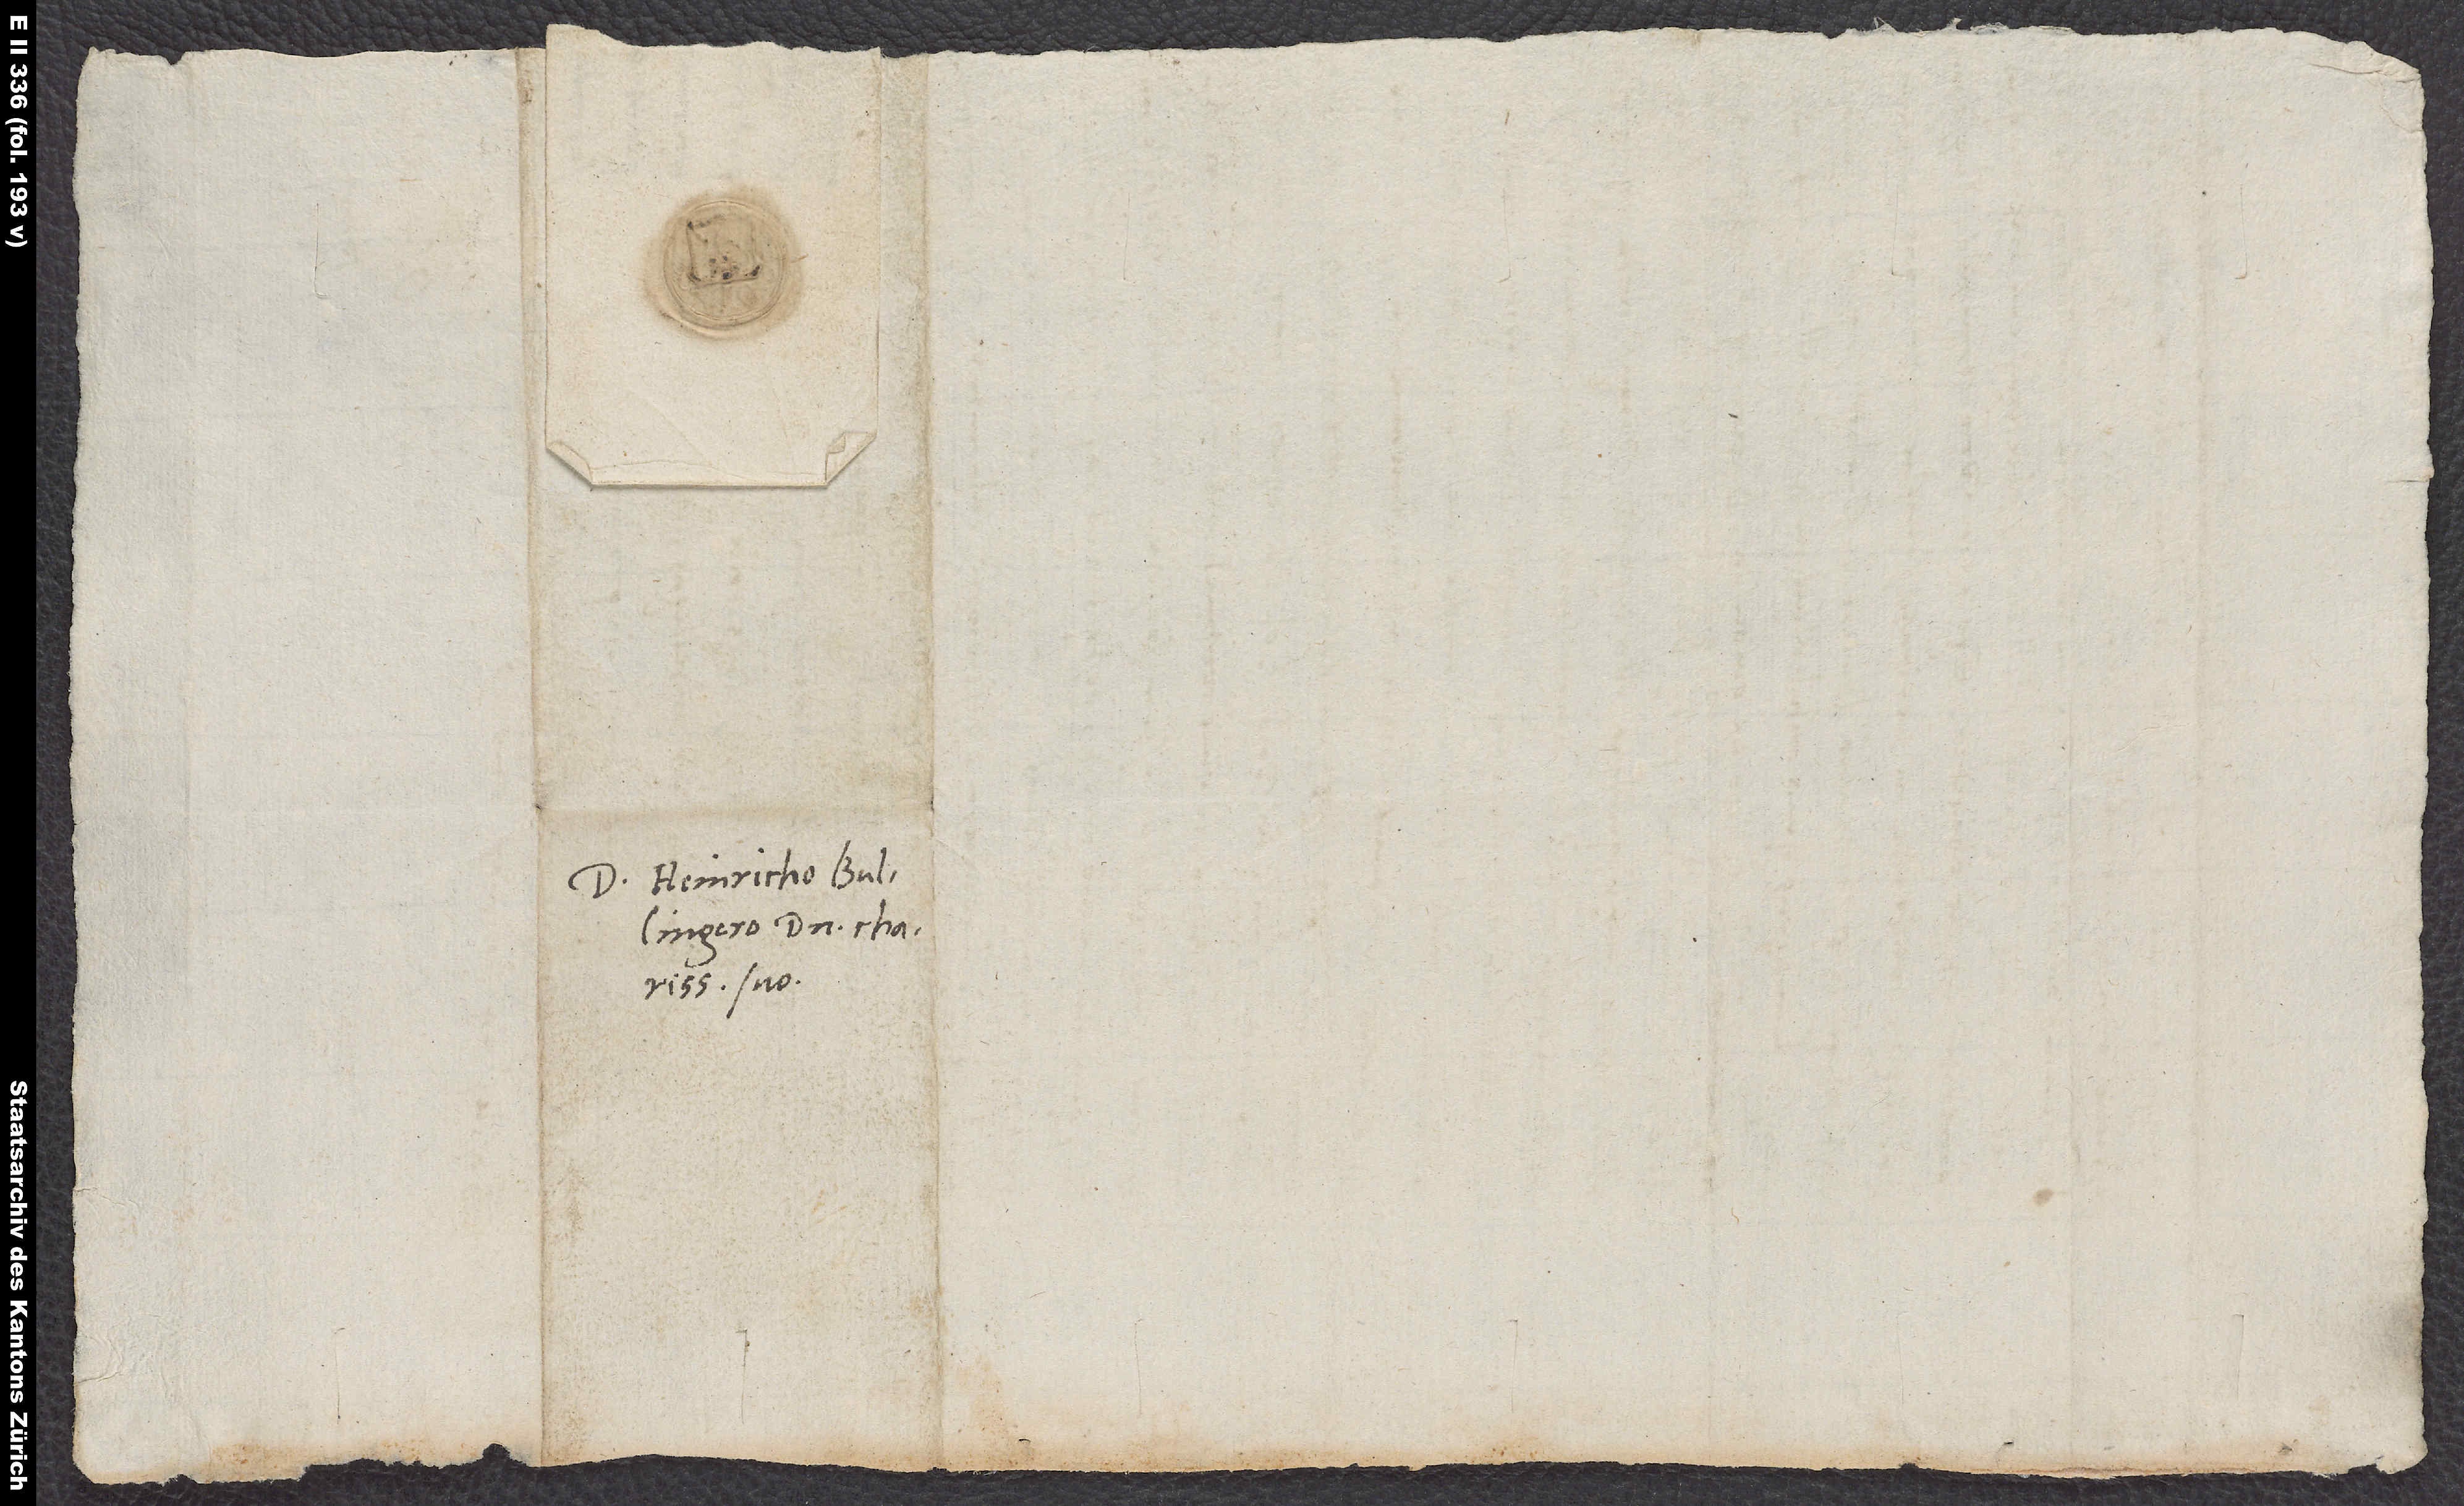
S.

Domino Heinricho Bullingero,
suo.